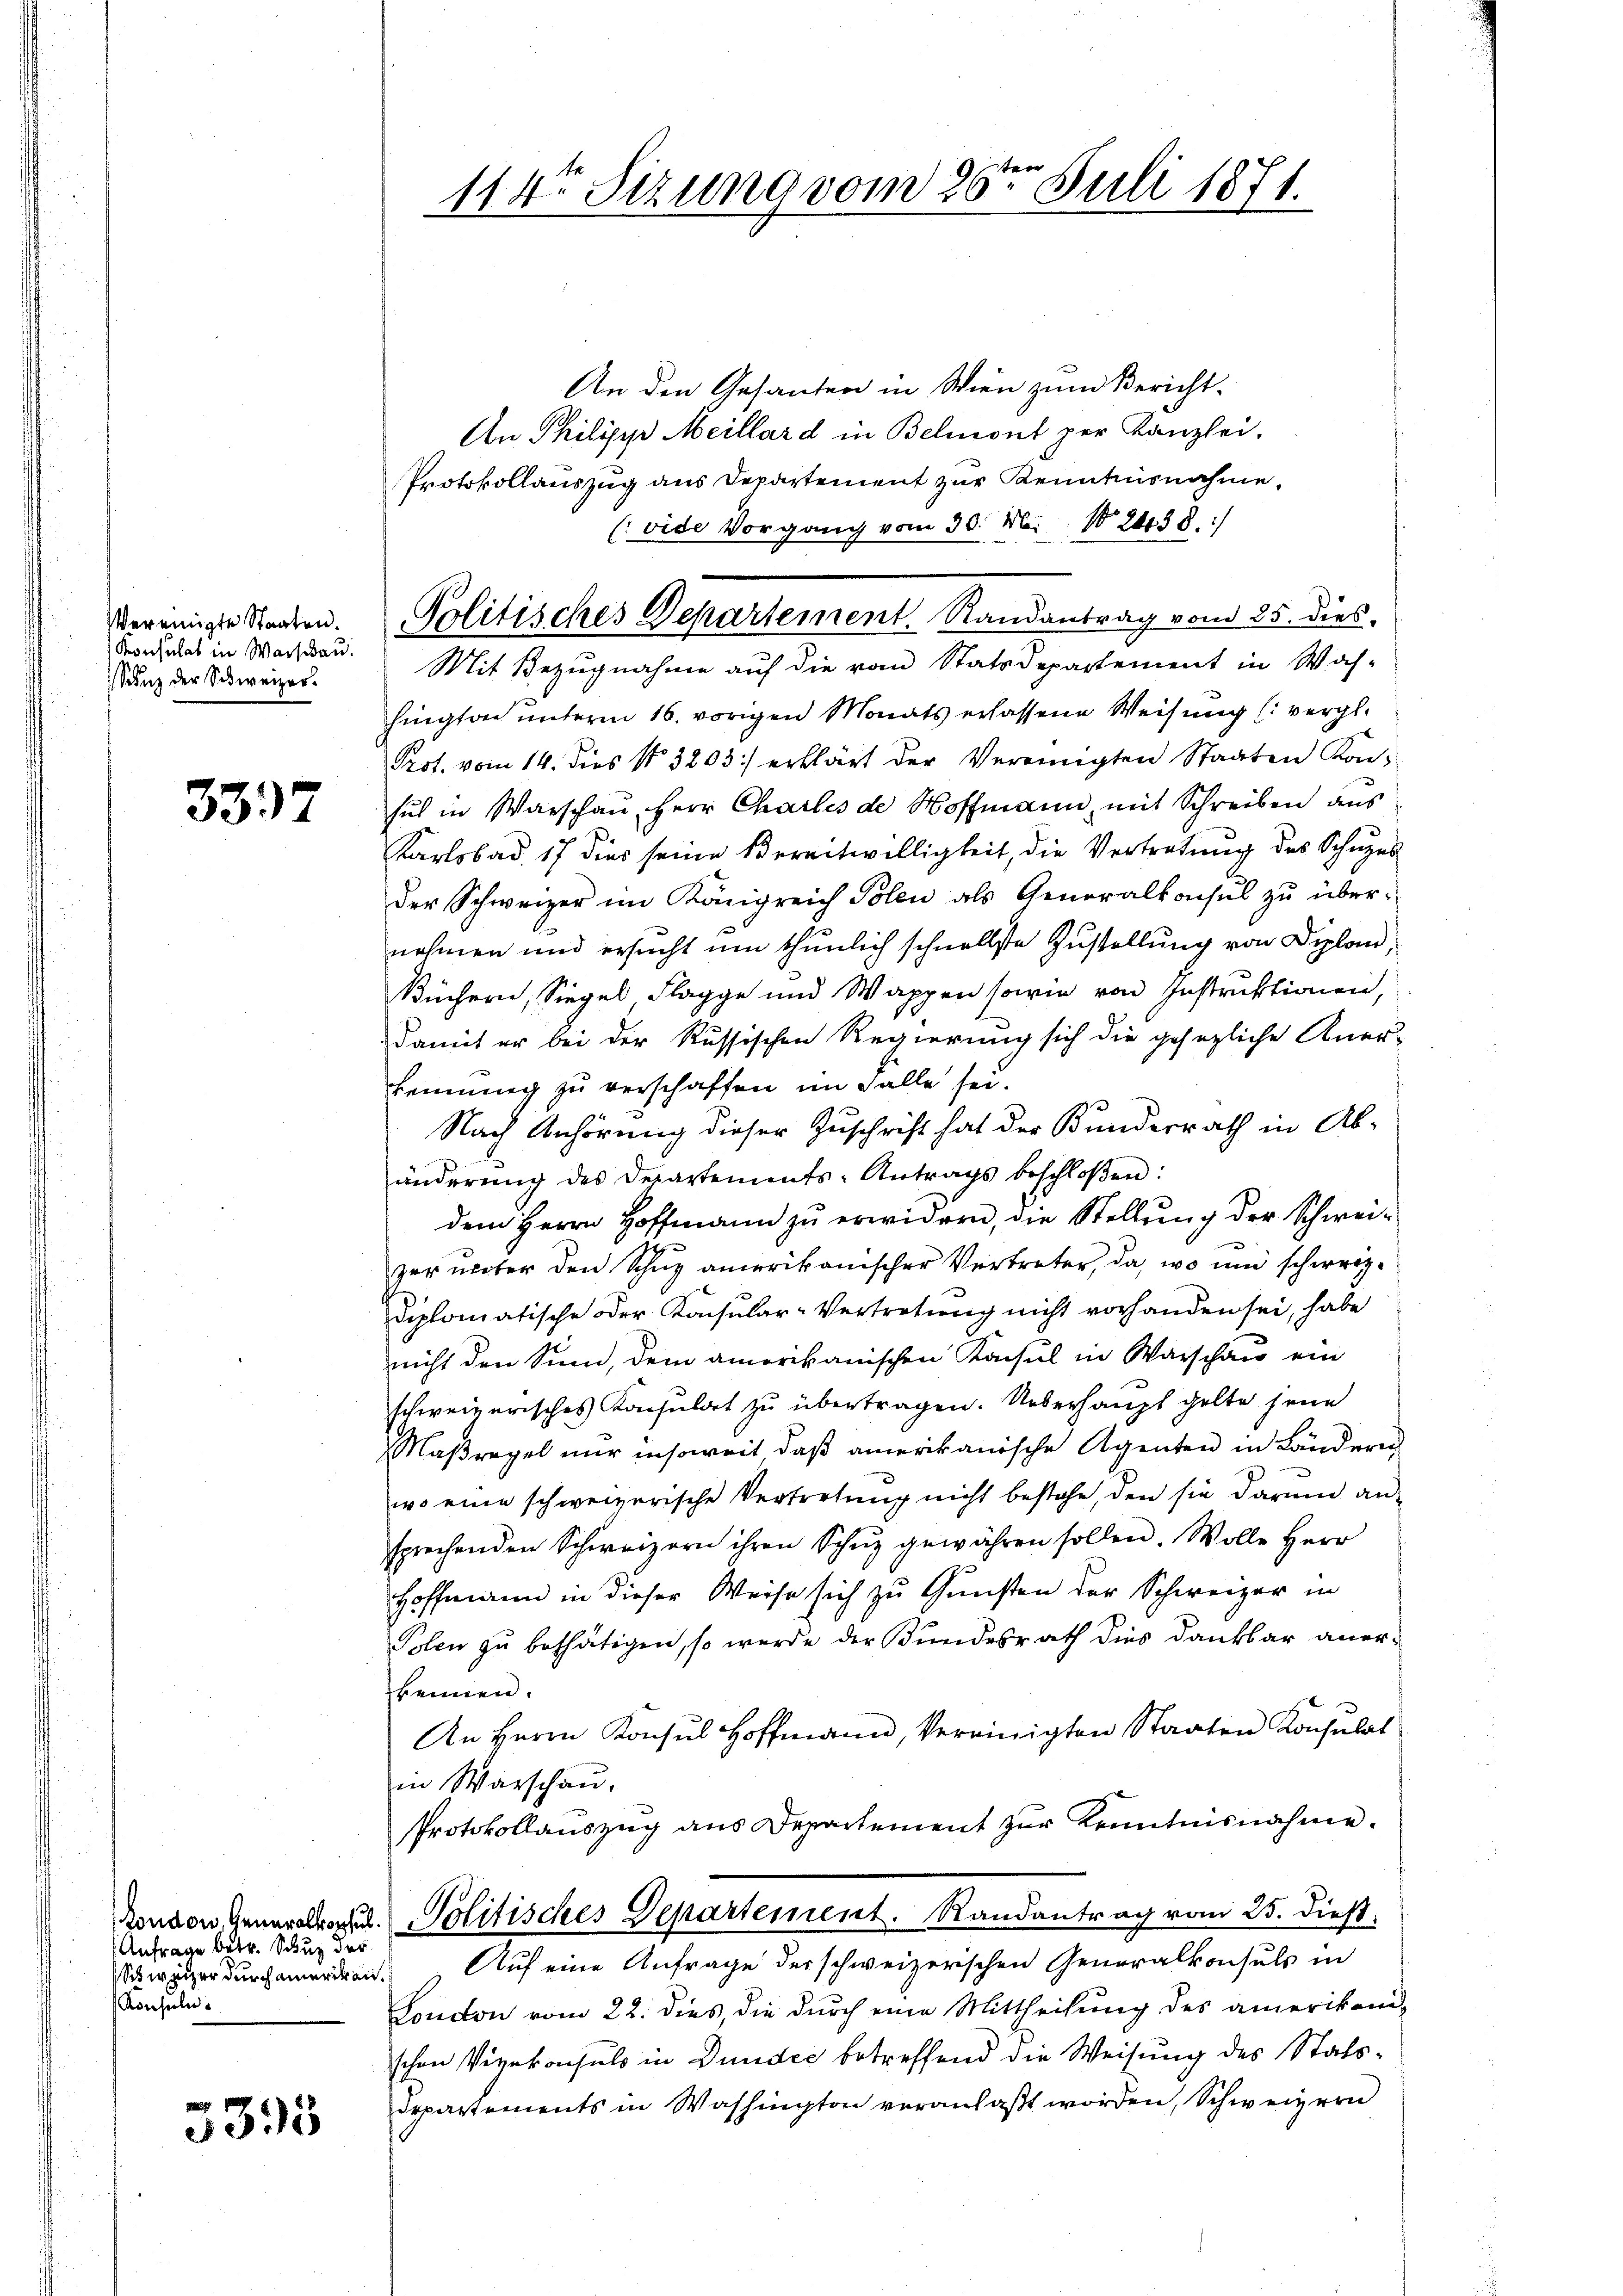
Vereinigte Staaten.
Konsulat in Warschau.
Sunz der Schweizer.

3337

London, Generalkonsul
Anfrage betr. Schutz der
Schweizer durchamerika
Ronsuln

3395

114. Sezung vom 26ten Juli 1871.

An den Gesanten in Wien zum Bericht.
An Philipp Meillard in Belmont per Kanzlei.
Protokollauszug aus Departement zur Kenntnisnahme,
(vide Vorgang vom 30. Mai 182438./
hington unterm 16. vorigen Monats erlassene Weisung (vergl.
Prot. vom 14. dies No 3203) erklärt der Vereinigten Staaten Kon-
sich in Warschen Herr Charles de Hoffmann, mit Schreiben aus
Karlsbad. 17 dies seine Bereitwilligkeit, die Vertretung des Schutzes
der Schweizer im Königreich Polen als Generalkonsul zŭ übernahmen und ersucht um thunlich schnellste Zustellung von Diplom
Büchern, Siegel Flagge und Wappen sowie von Instruktionen,
damit er bei der Russischen Regierung sich die gesezliche Anerkennung zu verschaffen im Falle sei.
Nach Anhörung dieser Zuschrift hat der Bundesrath in Abänderŭng des Departements-Antrags beschloßen:
dem Herrn Hoffmann zu erwidern, die Stellung der Schweizer unter den Schuz amerikanischer Vertreter, da, wo und schweizdiplomatische Dr. Konsular-Vertretung nicht vorhanden sei, habe
nicht den Sinn, dem amorikanischen Konsul in Warschau ein
schweizerisches Konsuldet zu übertragen. Ueberhaupt gelte jene
Maßregel nur insoweit daß amerikanische Agenten in Ländern
wo eine schweizerische Vertretung nicht bestehe, den sie darum ansprechenden Schweizern ihren Schŭz gewähren sollen. Wolle Herr
Hoffmann in dieser Weise sich zu Gunsten der Schweizer in
Polen zu bethätigen, so werde der Bundesrath dies Dankbar anerkennen.
An Herrn Konsul Hoffmann, Vereinigten Staaten Konsulat
in Warschau,
Protokollauszug aus Departement zur Kenntnisnahme.
Politisches Departement. Randantrag vom 25. dieß.
Auf eine Anfrage der schweizerischen Generalkonsuls in
S.
London vom 22. dies, die durch eine Mittheilung des amerikani-
schen Vizekonsuls in Dundes betreffend die Weisung des Stats¬
Departements in Washington veranlaßt worden, Schweizern

Politisches Departement. Randantrag vom 25. dies
Mit Bezugnahme auf die vom Statsdepartement in Wah-